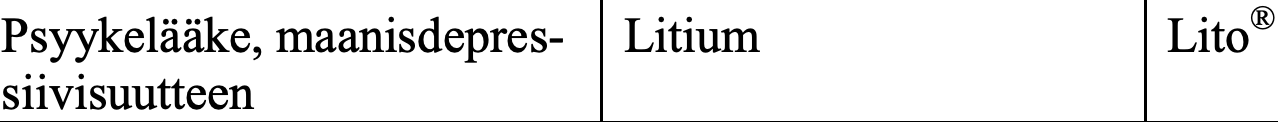
Psyykelääke, maanisdepres- Litium     Lito® siivisuutteen